Report of the Municipal Commissioner on the plague in Bombay for the year ending 31st May... - Volume 2
Disease focus: Plague
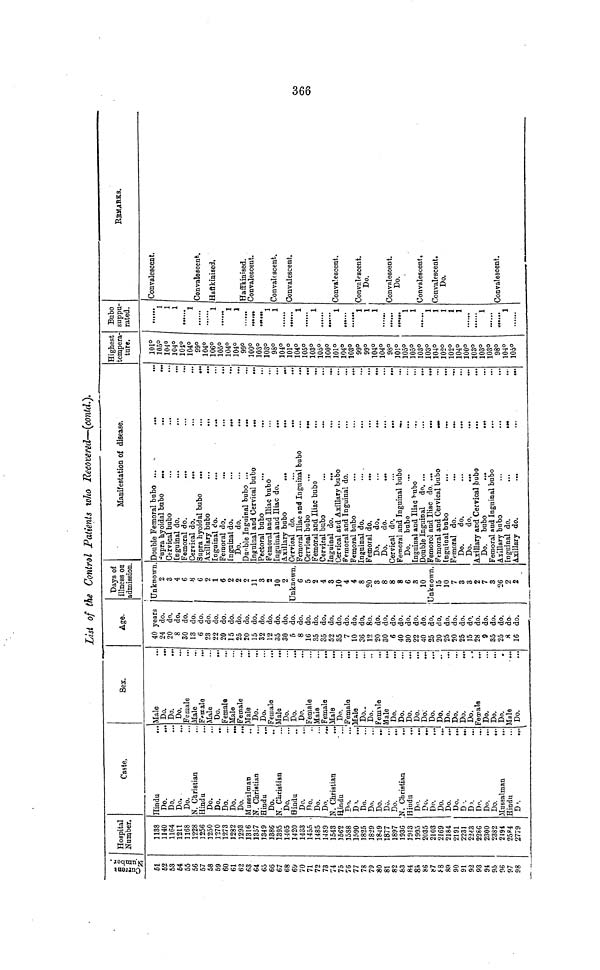
List of the Control Patients who Recovered—(contd.).
Current Number
51
52
53
54
55
56
57
58
59
60
61
62
63
64
65
66
67
68
69
70
71
72
73
74
75
76
77
78
79
80
81
82
83
84
85
86
87
88
89
90
91
92
93
94
95
96
97
98
Hospital
Number
1138
1140
1164
1211
1168
1228
1256
1250
1270
1273
1282
1293
1316
1357
1349
1386
1395
1405
1420
1433
1455
1485
1489
1543
1562
1588
1590
1825
1829
1849
1877
1897
1936
1913
1995
2035
2103
2169
2184
2191
2231
2243
2286
2300
2382
2494
2584
2779
Caste,
Hindu
.
Do.
Do.
Do.
Do.
N. Christian
Hindu
Do.
Do.
Do.
Do.
Do.
Mussulman
N. Christian
Hindu
Do.
N. Christian
Do.
"
Hindu
Do.
Do.
Do.
Do.
N. Christian
Hindu
Do.
D >.
Do.
Do.
Do.
Do.
Do.
N. Christian
....
Hindu
Do.
Do.
Do.
Do.
Do.
Do.
D •.
Do.
Do.
Do.
Do.
Mussalman
...
Hindu
Do.
Sex.
.. Male
.. Do.
.. Do.
.. Do.
.. Female
. Male
. Female
. Male
Do.
. Female
. Male
, Female
Male
. Do.
. Do.
Female
Male
Do.
Do.
Do.
Female
Male
. Female
. Male
Do.
'Female
Male
Do.
Do.
Female
Male
Do.
Do.
Do.
Do.
Do.
Do.
Do.
Do.
Do.
Do.
Do.
Female
...
Do.
Do.
Do.
Male
Do.
Age.
40 years
24 do.
20 do.
8 do,
30 do.
13 do.
6 do.
23 do.
22 do.
20 do.
15 do.
25 do.
20 do.
15 do.
32 do.
12 do.
35 do.
30 do.
5 do.
8 do.
16 do.
35 do.
35 do.
52 do.
35 do.
7 do.
10 do.
36 do.
12 8o.
20 do.
30 do.
6 do.
40 do.
30 do.
22 do.
40 do.
25 do. 1
20 do.
25 do.
20 do.
25 do.
15 do.
28 do.
9 do.
35 do.
25 do.
8 do.
16 do.
Days of
illness or
admission
Unknown
2
3
4
6
8
6
2
1
6
2
2
2
11
3
2
10
2
Unknown
6
5
2
4
3
10
4
4
8
20
3
8
8
8
6
3
10
Unknown.
15
10
7
3
3
2
7
3
26
2
2
Manifestation of disease.
Double Femoral bubo ...
...
...
Supra hyoidal bubo
...
...
...
Cervical bubo
Inguinal do.
Femoral do.
...
Cervical do.
...
...
...
Supra hyoidal bubo
...
...
...
Axillary bubo
...
...
...
Inguinal do.
...
...
Femoral do.
Inguinal do.
...
...
Do.
do.
Duoble Inguinal bubo ...
...
Inguinal and Cervical bubo
...
...
Pectoral bubo
Femoral and Iliac bubo
Inguinal and Iliac do.
...
Axillary bubo
...
...
,..
Cervical do.
...
...
...
Femoral Iliac and Inguinal bubo
...
...
Cervical bubo
...
Femoral and Iliac bubo
Cervical bubo
Inguinal do.
...
Cervical and Axillary bubo
Femoral and Inguinal do.
Femoral bubo
...
...
...
Inguinal do.
... .
Femoral do.
...
Do.
do.
Do.
do.
Cervical do.
...
...
...
Femoral and Inguinal bubo
...
Do. bubo
Inguinal and Iliac bubo
Double Inguinal
do. ...
...
...
Femorol and Iliac do. ...
...
...
Femoral and Cervical bubo
...
Inguinal bubo
Femoral do.
Do.
do.
Do.
do.
Axillary and Cervical bubo
...
...
Do. bubo
...
...
Femoral aud Inguinal bubo
Axillary bubo
Inguinal do.
...
Axillary do.
...
...
...
Highest
tempera-
ture.
101°1
05°1
04°1
04°1
04°1
04°9
9°1
04°1
06°1
05°1
04°1
04°9
9°1
00°1
03°1
03°9
8°1
04°1
01°1
04°1
05°1
03°1
05°1
00°1
01°1
04°1
03°9
9°9
9°1
04°1
04°9
8°1
01°1
05°1
05°1
03°1
03°1
04°1
02°1
02°1
04°1
00°1
03°1
03°1
03°9
8°1
04°1
05°B
ubo
suppu-
rated.
1
1
1
1
1
1
1
1
1
::::::
1
1
1
1
1
1
......
1
1
1
1
1
1
1
1
.......
1
REMARKS.
Convalescent.
Convalescent.
Haffkinised.
Haffkinised.
Convalescent.
Convalescent.
Convalescent.
Convalescent.
Convalescent.
Do.
Convalescent.
Do.
Convalescent.
Convalescent.
Do.
Convalescent.
366